38_143685_box7_Incident_Summaries_1-100
Agency: Department of War
Page 49
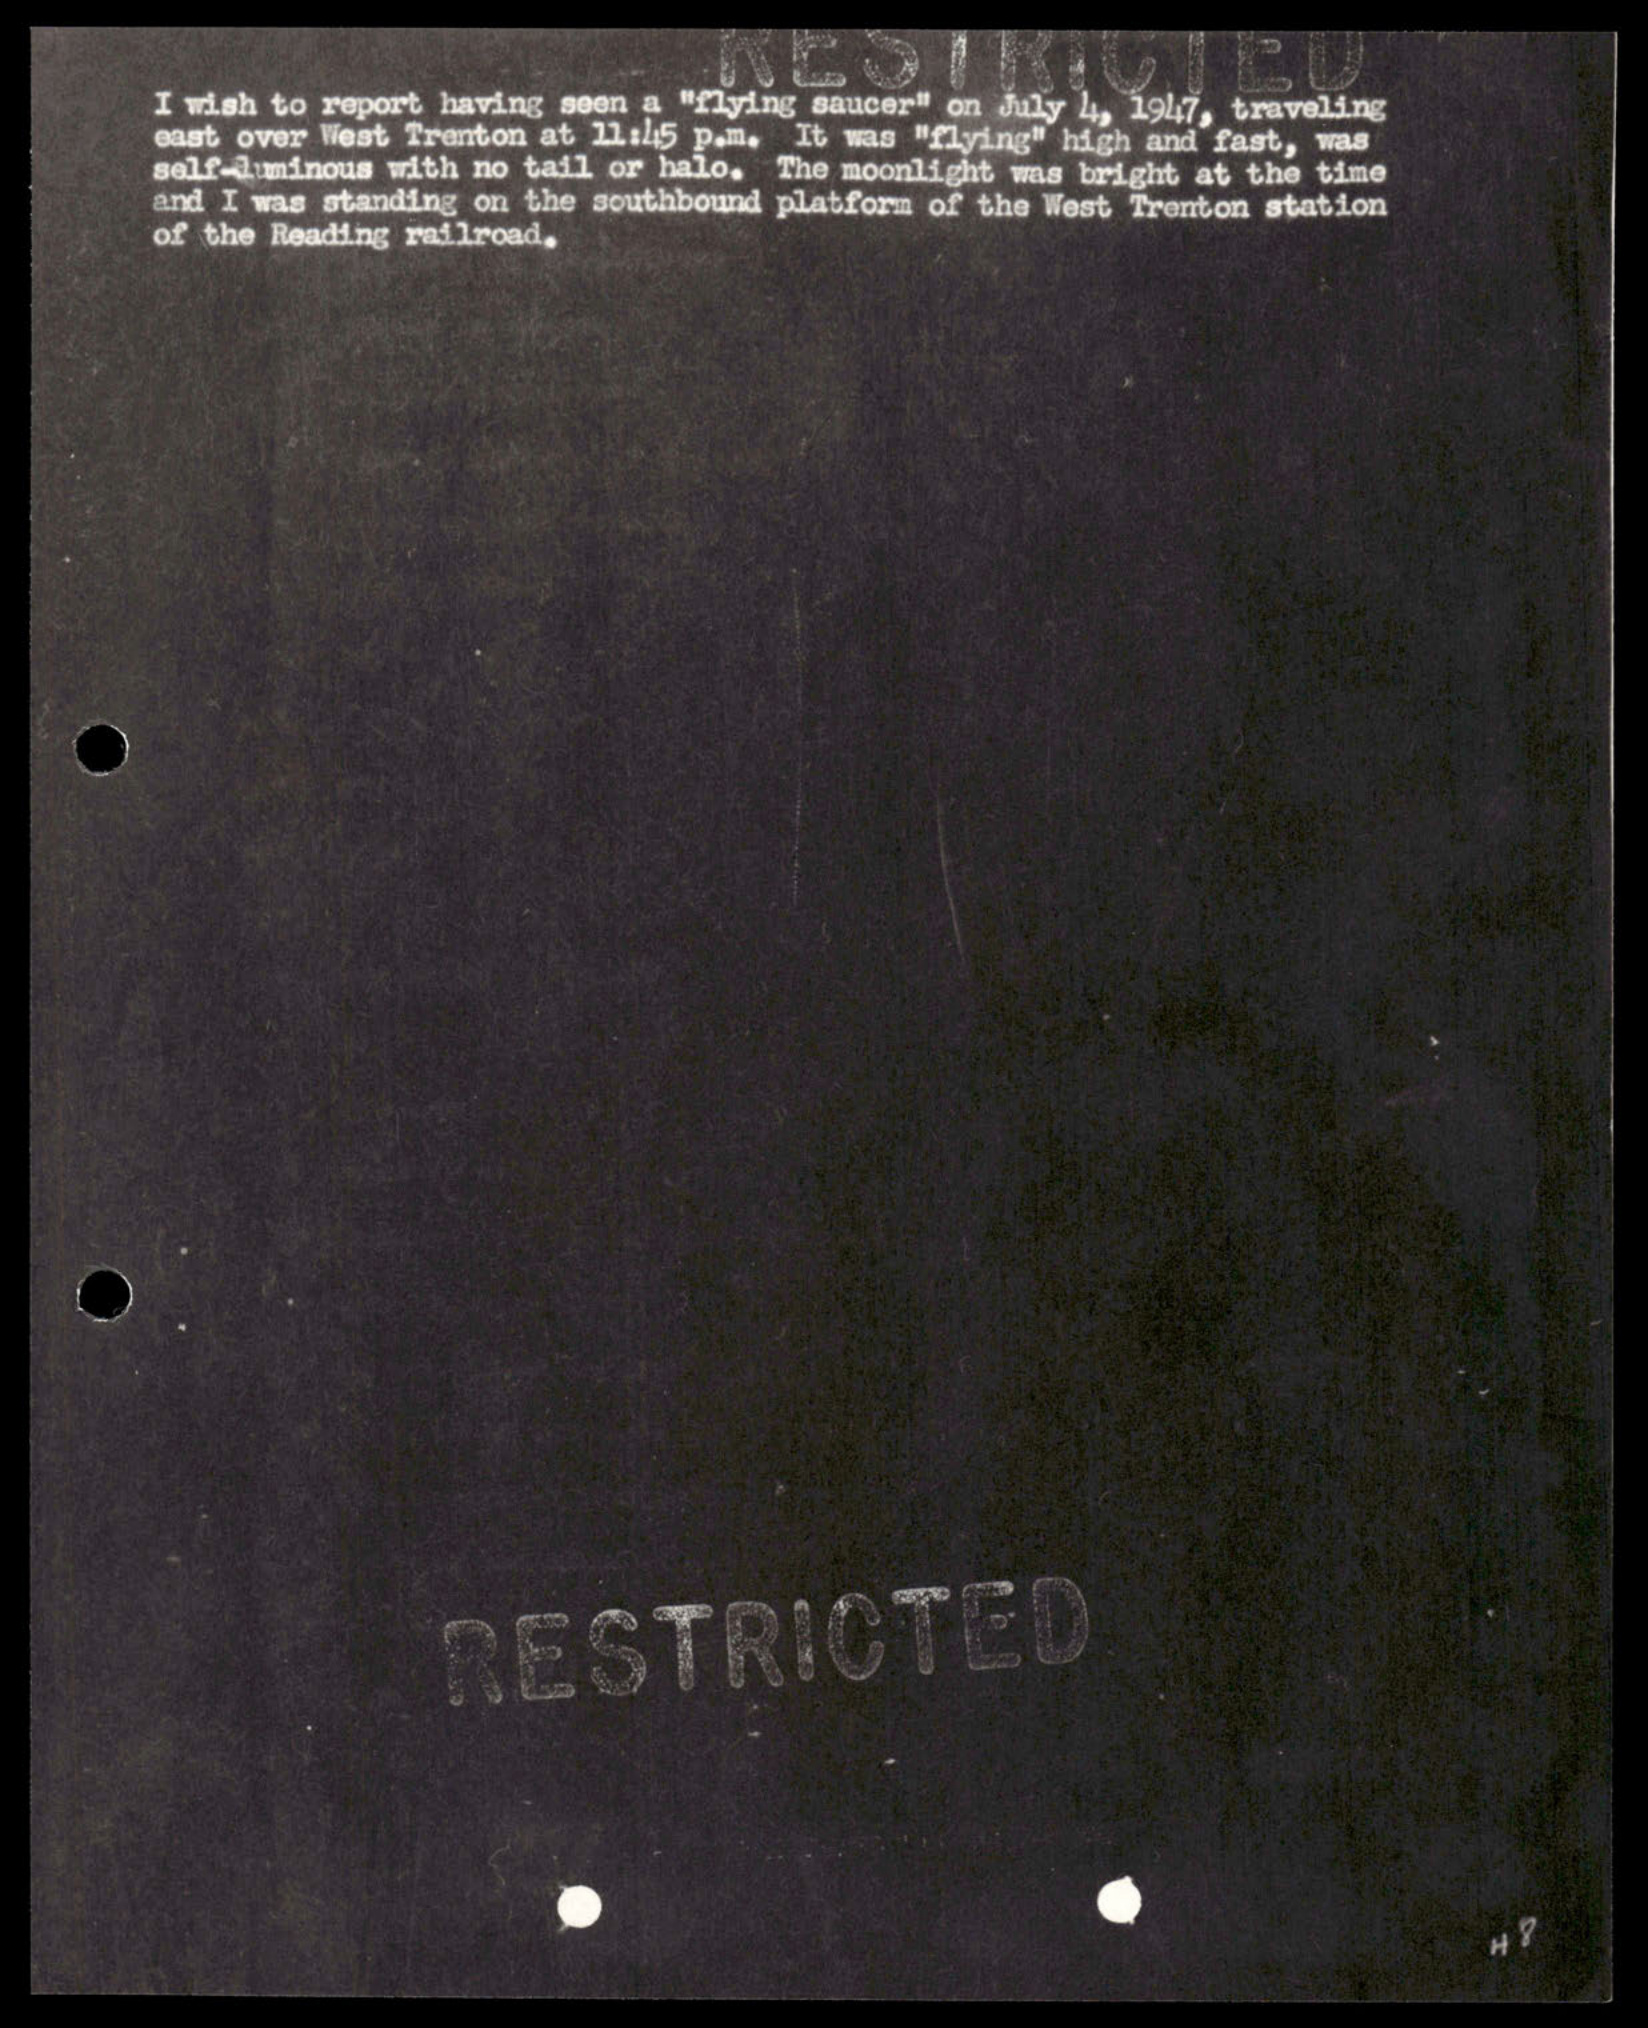